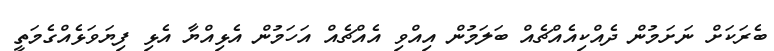
ބެރަކަށް ނަށަމުން ދެއްކިއެއްޗެއް ބަލަމުން އިއްވި އެއްޗެއް އަހަމުން އެޅިއްޔާ އެޅި ފިޔަވަޅެއްގެމަތީ